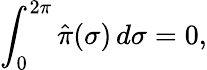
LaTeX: \int_{0}^{2\pi}\hat{\pi}(\sigma)\, d\sigma=0,